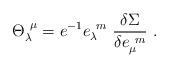
LaTeX: \begin{align*}{\Theta }_\lambda ^{~\mu }= e^{-1} e_\lambda ^{~m}~\frac {\delta\Sigma}{\delta e_\mu ^{~m}}\,\,. \end{align*}